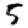
Digit: 5